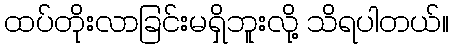
ထပ်တိုးလာခြင်းမရှိဘူးလို့ သိရပါတယ်။